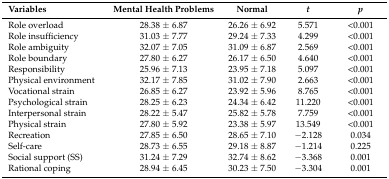
<table><thead><tr><td><b>Variables</b></td><td><b>Mental Health Problems</b></td><td><b>Normal</b></td><td><b><i>t</i></b></td><td><b><i>p</i></b></td></tr></thead><tbody><tr><td>Role overload</td><td>28.38 ± 6.87</td><td>26.26 ± 6.92</td><td>5.571</td><td>&lt;0.001</td></tr><tr><td>Role insufficiency</td><td>31.03 ± 7.77</td><td>29.24 ± 7.33</td><td>4.299</td><td>&lt;0.001</td></tr><tr><td>Role ambiguity</td><td>32.07 ± 7.05</td><td>31.09 ± 6.87</td><td>2.569</td><td>&lt;0.001</td></tr><tr><td>Role boundary</td><td>27.80 ± 6.27</td><td>26.17 ± 6.50</td><td>4.640</td><td>&lt;0.001</td></tr><tr><td>Responsibility</td><td>25.96 ± 7.13</td><td>23.95 ± 7.18</td><td>5.097</td><td>&lt;0.001</td></tr><tr><td>Physical environment</td><td>32.17 ± 7.85</td><td>31.02 ± 7.90</td><td>2.663</td><td>&lt;0.001</td></tr><tr><td>Vocational strain</td><td>26.85 ± 6.27</td><td>23.92 ± 5.96</td><td>8.765</td><td>&lt;0.001</td></tr><tr><td>Psychological strain</td><td>28.25 ± 6.23</td><td>24.34 ± 6.42</td><td>11.220</td><td>&lt;0.001</td></tr><tr><td>Interpersonal strain</td><td>28.22 ± 5.47</td><td>25.82 ± 5.78</td><td>7.759</td><td>&lt;0.001</td></tr><tr><td>Physical strain</td><td>27.80 ± 5.92</td><td>23.38 ± 5.97</td><td>13.549</td><td>&lt;0.001</td></tr><tr><td>Recreation</td><td>27.85 ± 6.50</td><td>28.65 ± 7.10</td><td>−2.128</td><td>0.034</td></tr><tr><td>Self-care</td><td>28.73 ± 6.55</td><td>29.18 ± 8.87</td><td>−1.214</td><td>0.225</td></tr><tr><td>Social support (SS)</td><td>31.24 ± 7.29</td><td>32.74 ± 8.62</td><td>−3.368</td><td>0.001</td></tr><tr><td>Rational coping</td><td>28.94 ± 6.45</td><td>30.23 ± 7.50</td><td>−3.304</td><td>0.001</td></tr></tbody></table>